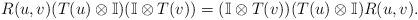
LaTeX: \begin{align*}R(u,v) (T(u) \otimes \mathbb{I}) (\mathbb{I}\otimes T(v)) = (\mathbb{I}\otimes T(v)) (T(u) \otimes \mathbb{I}) R(u,v).\end{align*}